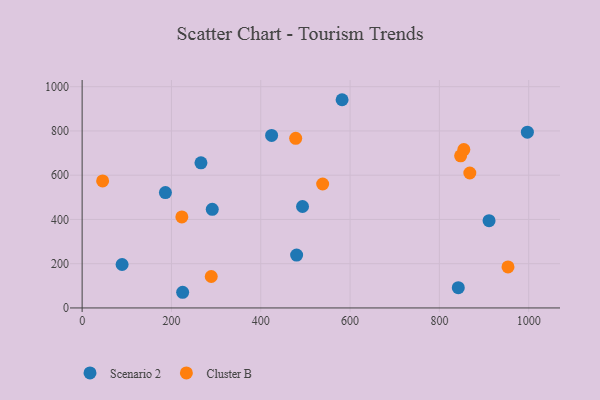
{"axis": {"x": "Speed", "y": "Salary"}, "legend": ["Cluster B", "Scenario 2"], "data": [{"x": "291.4", "y": 445.8, "type": "Scenario 2"}, {"x": "493.5", "y": 458.4, "type": "Scenario 2"}, {"x": "89.5", "y": 196.3, "type": "Scenario 2"}, {"x": "186.5", "y": 521.3, "type": "Scenario 2"}, {"x": "480.3", "y": 238.9, "type": "Scenario 2"}, {"x": "582.1", "y": 941.1, "type": "Scenario 2"}, {"x": "842.3", "y": 91.6, "type": "Scenario 2"}, {"x": "424.3", "y": 779.8, "type": "Scenario 2"}, {"x": "225.1", "y": 70.8, "type": "Scenario 2"}, {"x": "997.0", "y": 794.3, "type": "Scenario 2"}, {"x": "911.2", "y": 394.4, "type": "Scenario 2"}, {"x": "266.1", "y": 655.7, "type": "Scenario 2"}, {"x": "847.5", "y": 687.6, "type": "Cluster B"}, {"x": "289.1", "y": 142.1, "type": "Cluster B"}, {"x": "854.7", "y": 715.7, "type": "Cluster B"}, {"x": "223.3", "y": 411.5, "type": "Cluster B"}, {"x": "868.1", "y": 610.0, "type": "Cluster B"}, {"x": "953.6", "y": 185.2, "type": "Cluster B"}, {"x": "478.2", "y": 766.5, "type": "Cluster B"}, {"x": "538.6", "y": 560.2, "type": "Cluster B"}, {"x": "45.9", "y": 574.3, "type": "Cluster B"}]}